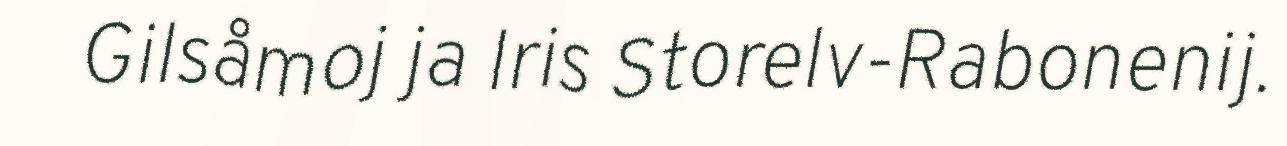
Gilsåmoj ja Iris Storelv-Rabonenij.